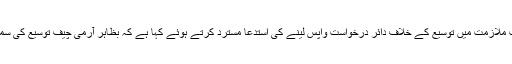
عدالت نے آرمی چیف کی مدت ملازمت میں توسیع کے خلاف دائر درخواست واپس لینے کی استدعا مسترد کرتے ہوئے کہا ہے کہ بظاہر آرمی چیف توسیع کی سمری اور منظوری درست نہیں۔